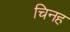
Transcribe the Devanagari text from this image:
चिनह